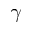
\gamma